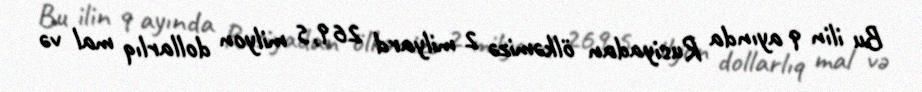
Bu ilin 9 ayında Rusiyadan ölkəmizə 2 milyard 269,5 milyon dollarlıq mal və